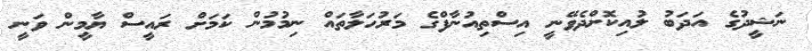
ނަޝީދުގެ އަދަބު ލުއިކޮށްދެވޭނީ އިސްތިއުނާފްގެ މަރުހަލާތައް ނިމުމުން ކަމަށް ރައީސް ޔާމީން ވަނީ